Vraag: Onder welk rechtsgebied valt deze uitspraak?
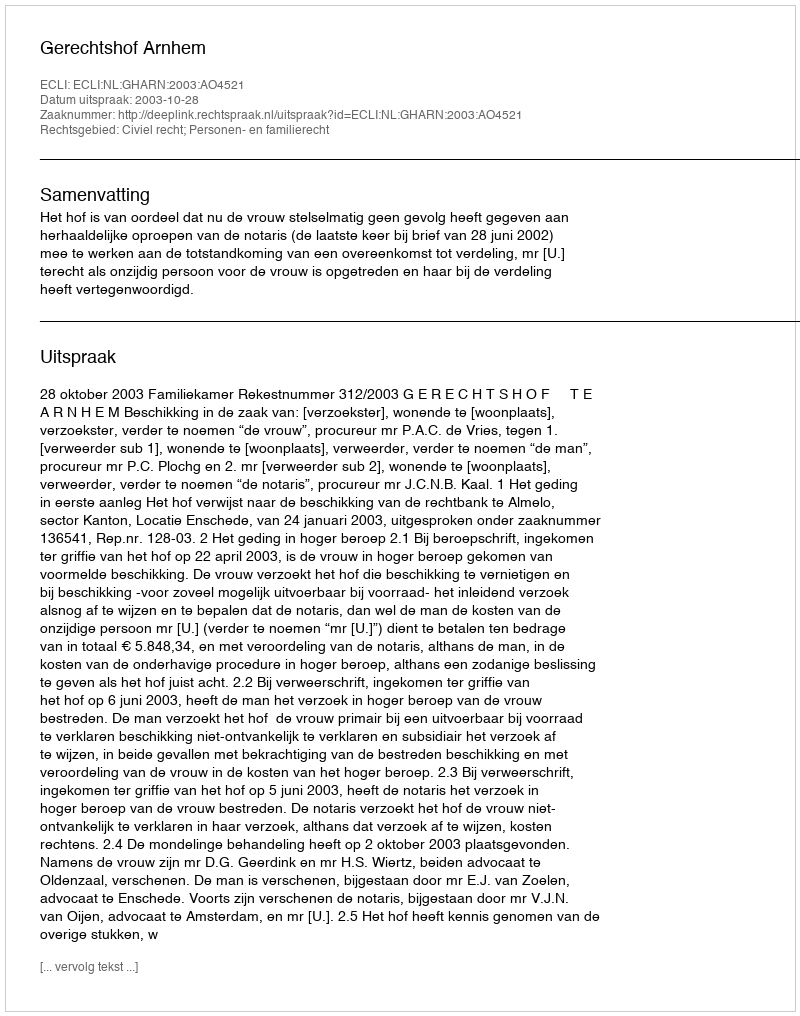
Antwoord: Civiel recht; Personen- en familierecht